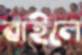
বাইলে